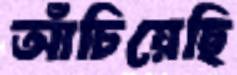
আঁচিয়েছি